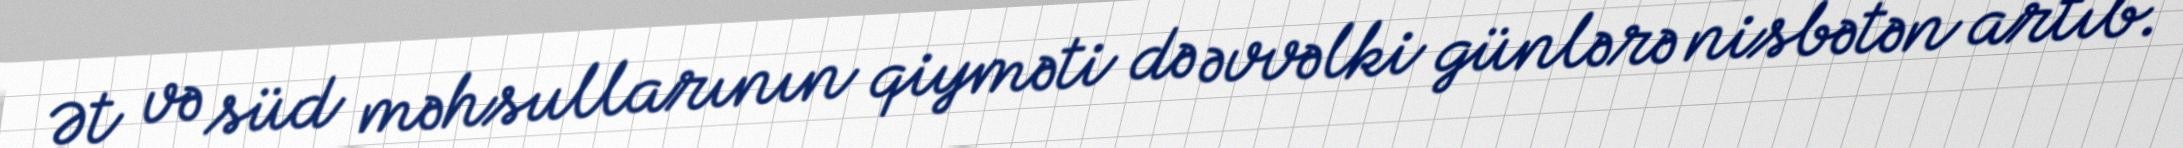
Ət və süd məhsullarının qiyməti də əvvəlki günlərə nisbətən artıb.